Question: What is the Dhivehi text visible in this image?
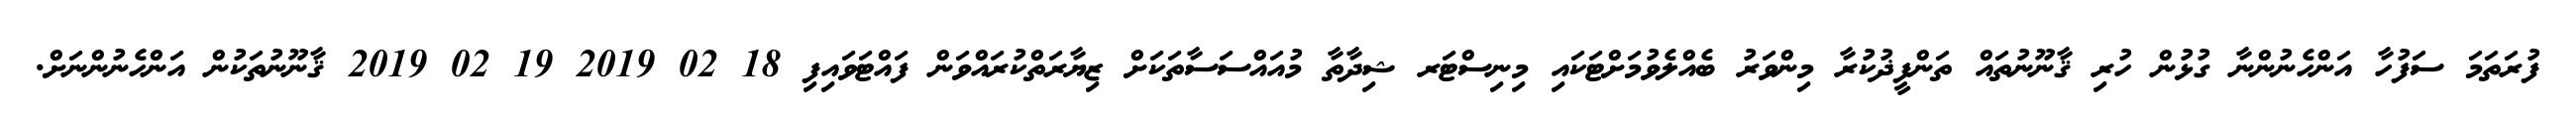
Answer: ފުރަތަމަ ސަފުހާ އަންހެނުންނާ ގުޅުން ހުރި ޤާނޫނުތައް ތަންފީޛުކުރާ މިންވަރު ބެއްލެވުމަށްޓަކައި މިނިސްޓަރ ޝިދާތާ މުއައްސަސާތަކަށް ޒިޔާރަތްކުރައްވަން ފައްޓަވައިފި 18 02 2019 19 02 2019 ޤާނޫނުތަކުން އަންހެނުންނަށް.